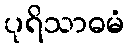
ပုရိသာဓမံ